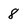
Character: 8